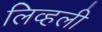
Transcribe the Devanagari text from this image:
लिव्हली